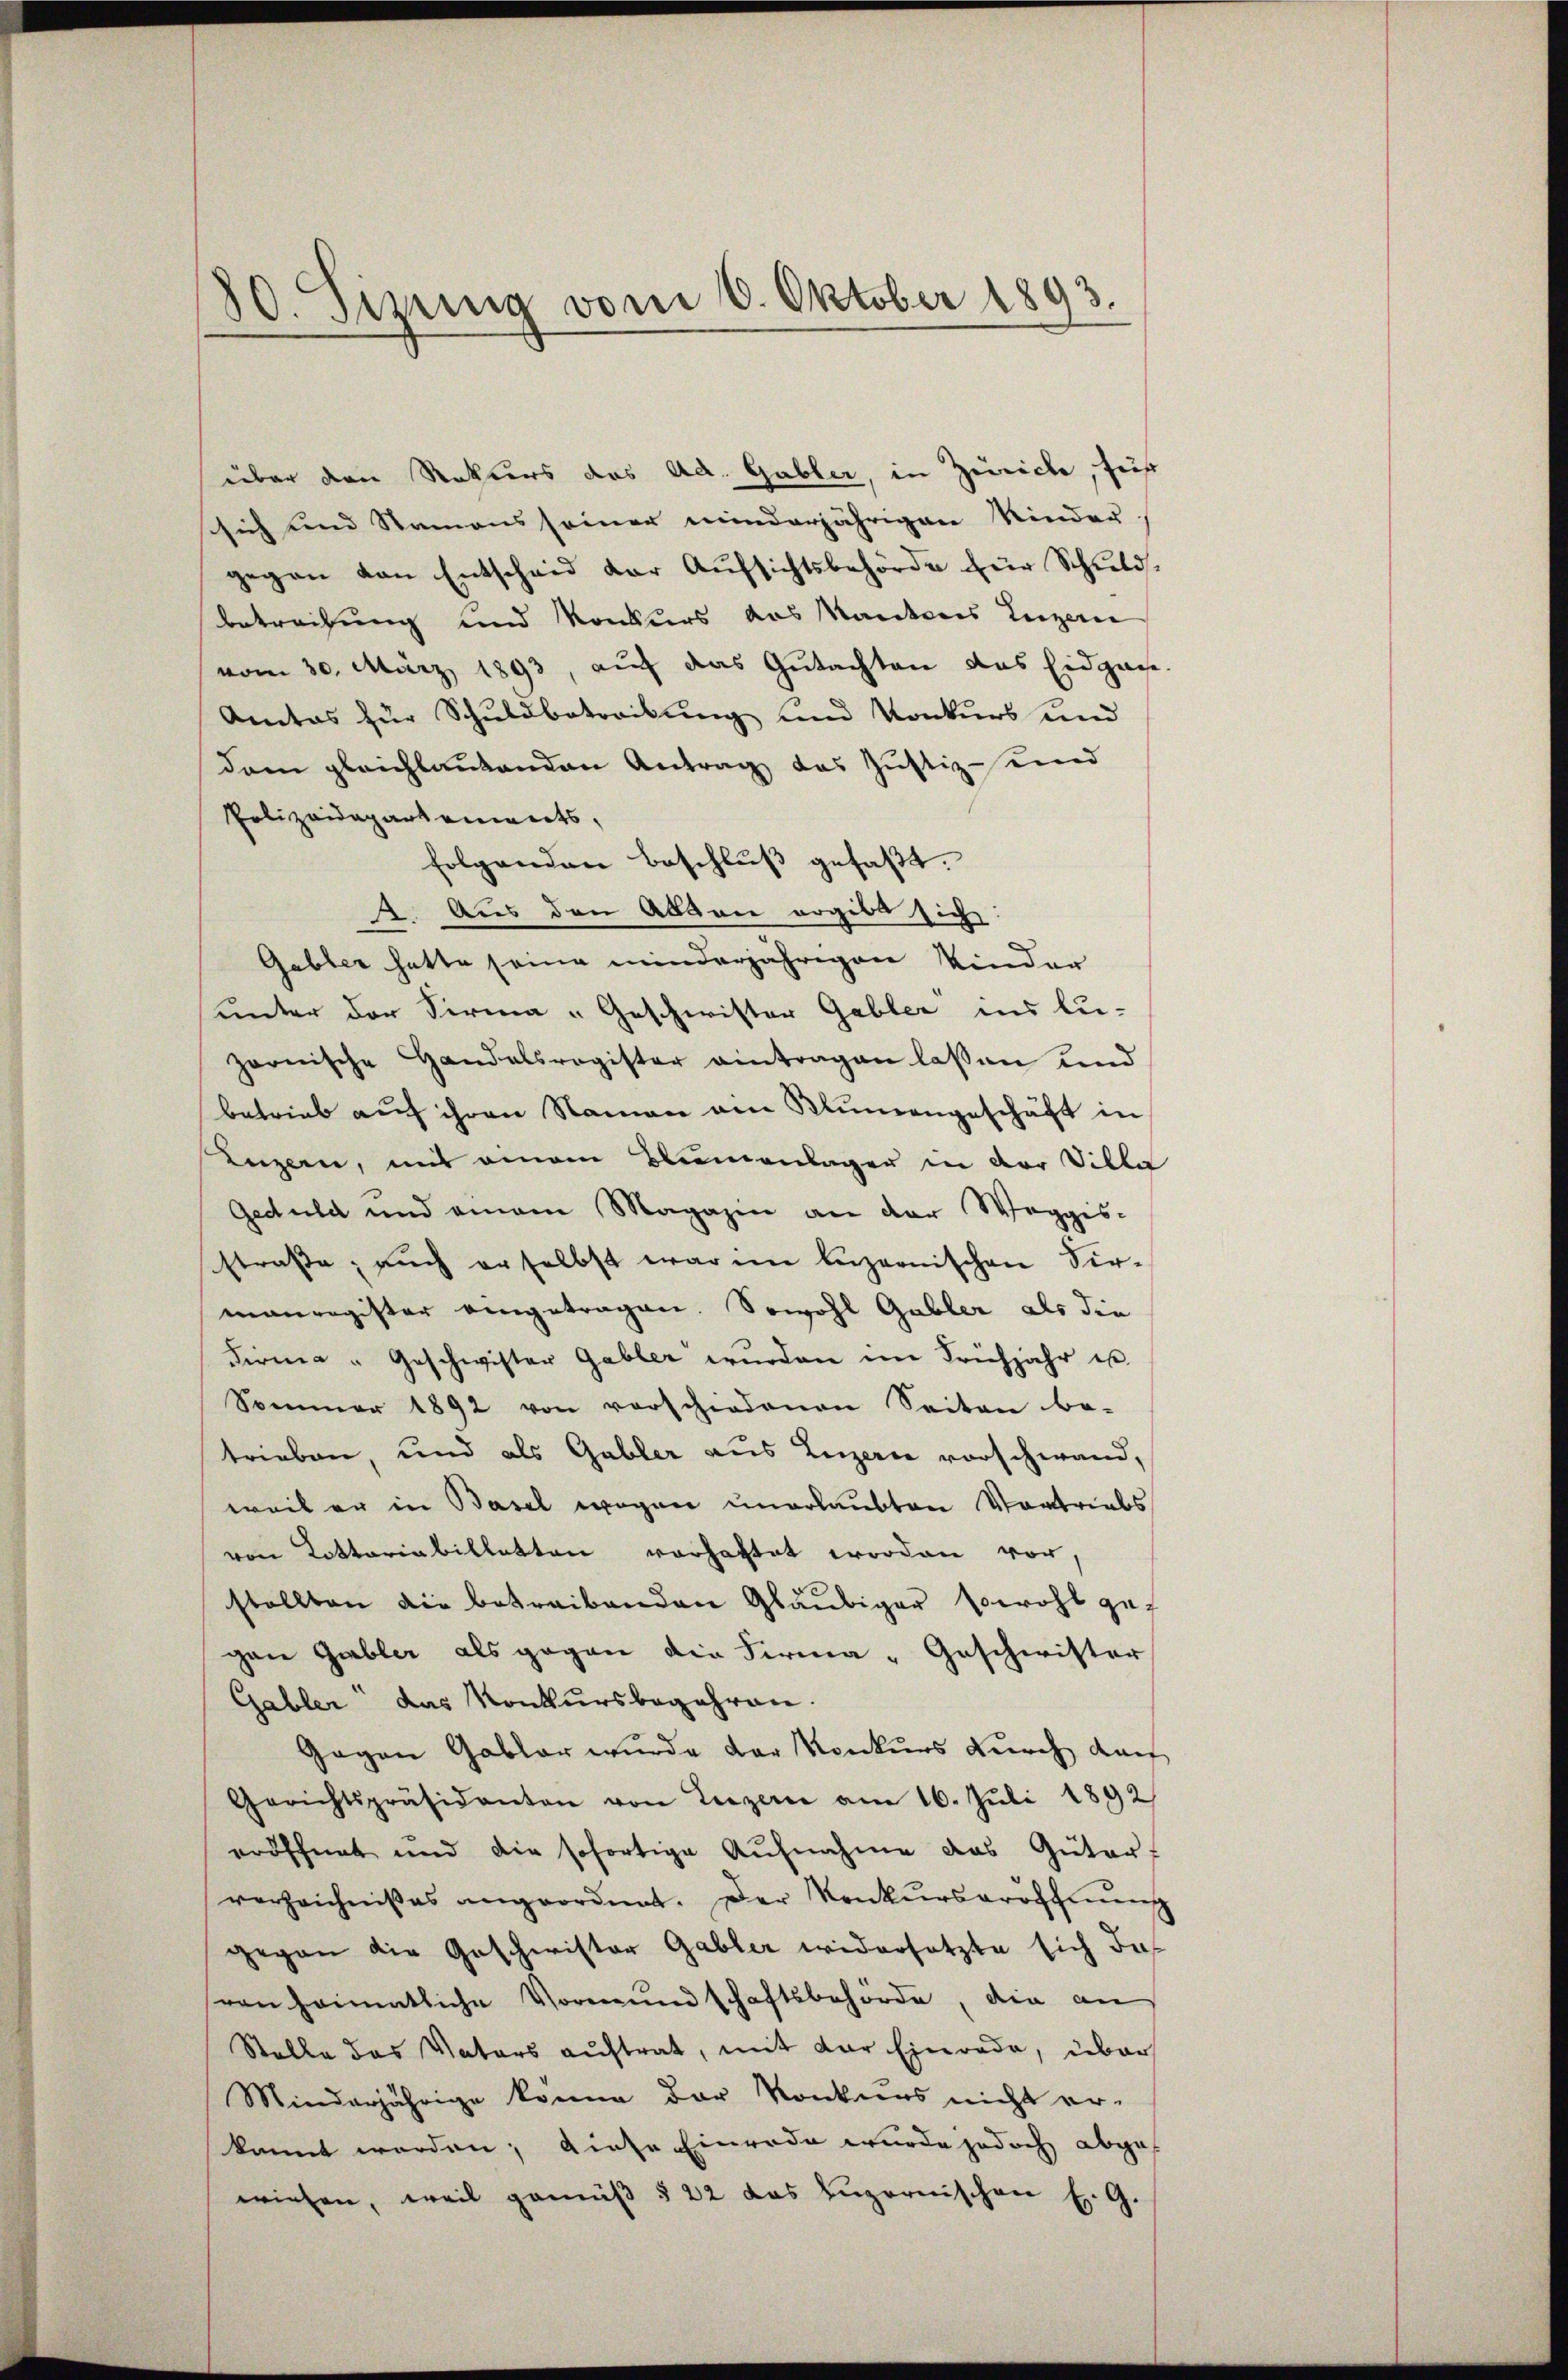
80. Sizung vom 6. Oktober 1893.

über den Rekurs das Ad. Gabler, in Zürich, für
schich und Namens seiner minderjährigen Kinder-
gegen von Entscheid der Aufsichtsbehörde für Schuldbetrachung und Konkurs das Kantons Leigere
vom 30. März 1893, auf das Gutachten das Eidgage.
Amtas für Schuldbetreibung und Konkurs und
dam gleichlautenden Antrag das Justiz- und
Polizeidepartements,
folgenden Beschluß gefaßt.
2. Aus den Abgan ergibt sich:
Gabler hatte seine minderjährigen Kinder
unter der Firma „Geschwister Gabler ins Lu-
zornische Handelsregister eintragen lassen und
betrieb auf ihren Namen ein Blumengeschäft in
Luzern, mit einem Blumenlager in der Dille
Geduld und einem Magazin an der Weggis-
straße; auch erselbst war im luzernischen Sirmanregister eingetragen. Sowohl Gabler als die
Firma „Geschwister Gabler würden im Frühjahr u.
Sommer 1892 von vorschiedenen Seiten be-
trieben, und als Gabler aus Luzerne vorschwand,
weil er in Basel wegen unerlaubten Vortriebs
von Kottariabilletten vorhattet worden vor,
stellten die betreibenden Gläubiger sowohl gegane Gabler als gegen die Firma „Geschwister
Gabler das Konkursbegehren.
Gegen Gabler wurde der Konkurs durch dach
Gerichtspräsidanten von Luzern am 16. Juli 1892
eröffnet und die sofortige Aŭfnahme das Güter-
verzeichnißes angeordnet. Der Konkŭrseröffnung
gegen die Geschwister Gabler widersetzte sich das
vonhaimatliche Vormundschaftsbehörde, die an
Stelle des Vaters auftrat, mit der Einrede, über
Minderjährige könne der Konkurs nicht er-
kannt worden; diese Einrede wurde jedoch abges
wiesen, weil gemäβ § 22 das Luzernischen E. G.